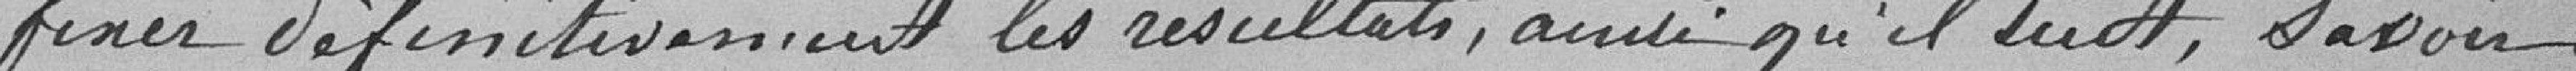
fixer définitivement les résultats, ainsi qu'il suit, savoir